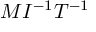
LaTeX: M I ^ { - 1 } T ^ { - 1 }